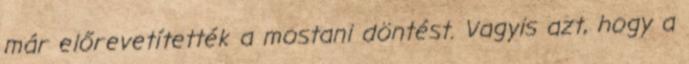
már előrevetítették a mostani döntést. Vagyis azt, hogy a